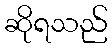
ဆိုရသည်